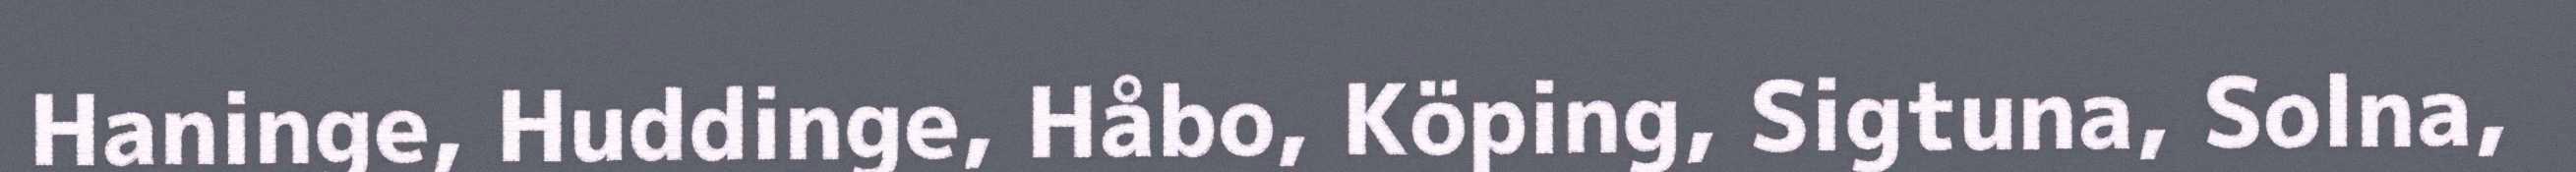
Haninge, Huddinge, Håbo, Köping, Sigtuna, Solna,